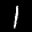
Label: 1